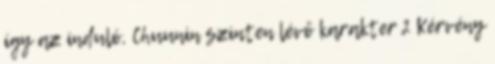
így az induló, Chuunin szinten lévő karakter 2 Kérvény